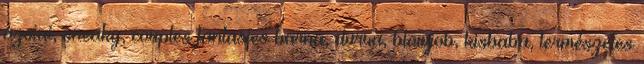
ázsiai, sneaky, couples fantasies barna, durva, blowjob, kisbaba, természetes